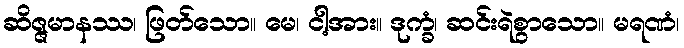
ဆိဇ္ဇမာနဿ၊ ဖြတ်သော။ မေ၊ ငါ့အား။ ဒုက္ခံ၊ ဆင်းရဲစွာသော။ မရဏံ၊